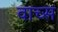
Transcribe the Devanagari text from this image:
वाच्स